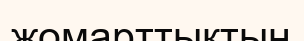
жомарттықтың